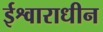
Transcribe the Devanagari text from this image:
ईश्वाराधीन